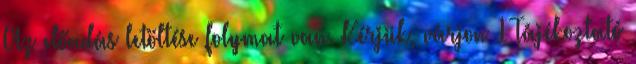
Az előadás letöltése folymat van. Kérjük, várjon 1 Tájékoztató